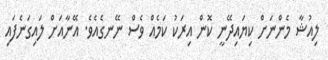
ލިއުޝާ މެންނަށް ކިޔައިދޭނީ ކޮން އިރަކު ކަމެއް ވެސް ނޭނގެއެވެ. އޭނާއަށް ލައިގަނެފައި